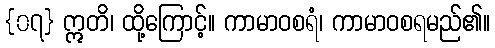
{၀၇} ဣတိ၊ ထို့ကြောင့်။ ကာမာဝစရံ၊ ကာမာဝစရမည်၏။